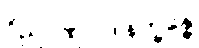
ဝိညာဏုပါဒါနက္ခန္ဓေ